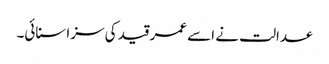
عدالت نے اسے عمر قید کی سزا سنائی۔